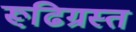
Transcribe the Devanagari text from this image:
रूढि़ग्रस्त